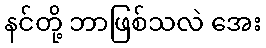
နင်တို့ ဘာဖြစ်သလဲ အေး